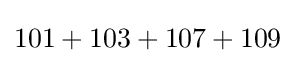
101+103+107+109